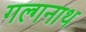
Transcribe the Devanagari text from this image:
गल्गनाथ